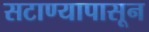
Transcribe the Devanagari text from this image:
सटाण्यापासून